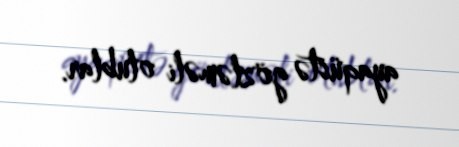
ayaqüstə gözləməli olublar.